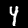
Label: 4